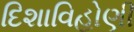
દિશાવિહોણી